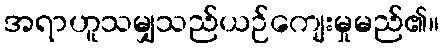
အရာဟူသမျှသည်ယဉ်ကျေးမှုမည်၏။